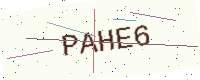
Text: PAHE6